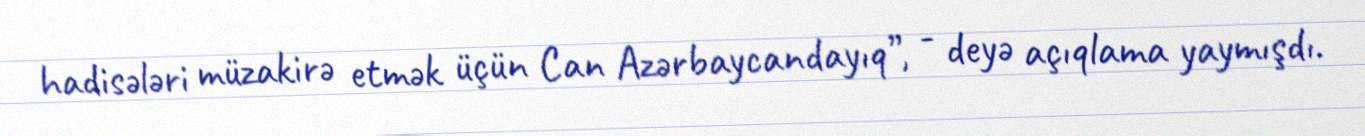
hadisələri müzakirə etmək üçün Can Azərbaycandayıq”, - deyə açıqlama yaymışdı.